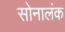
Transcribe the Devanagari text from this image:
सोनालंक